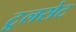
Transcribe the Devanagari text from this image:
टूलसेट